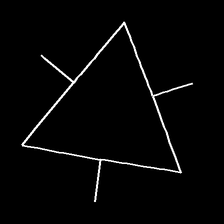
Glyph: fire